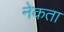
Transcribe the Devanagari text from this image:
नेकता